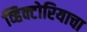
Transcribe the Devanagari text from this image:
व्हिक्टोरियाचा